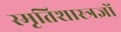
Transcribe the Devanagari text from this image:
स्मृतिशास्त्रज्ञों